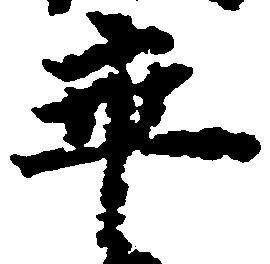
卒